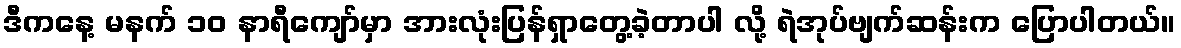
ဒီကနေ့ မနက် ၁၀ နာရီကျော်မှာ အားလုံးပြန်ရှာတွေ့ခဲ့တာပါ လို့ ရဲအုပ်ဗျက်ဆန်းက ပြောပါတယ်။